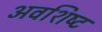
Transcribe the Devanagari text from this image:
अवशिष्‍ट